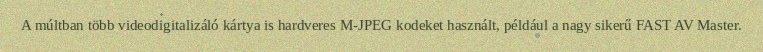
A múltban több videodigitalizáló kártya is hardveres M-JPEG kodeket használt, például a nagy sikerű FAST AV Master.